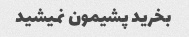
بخرید پشیمون نمیشید